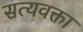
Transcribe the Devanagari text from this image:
सत्यवक्ता